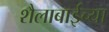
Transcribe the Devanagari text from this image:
शैलाबाईंच्या